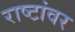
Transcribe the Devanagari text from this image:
राष्टांवर